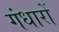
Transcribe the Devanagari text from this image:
गंधारों